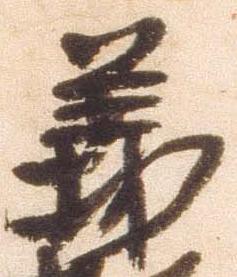
義